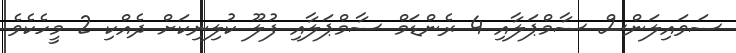
ސަވައިލަންސް ސާމްޕަލާއި 4 ރެންޑަމް ސާމްޕަލާއި ފުލޫ ކުލިނިކަށް ދެއްކި 2 މީހެކެވެ